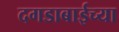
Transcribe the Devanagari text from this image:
दगडाबाईच्या